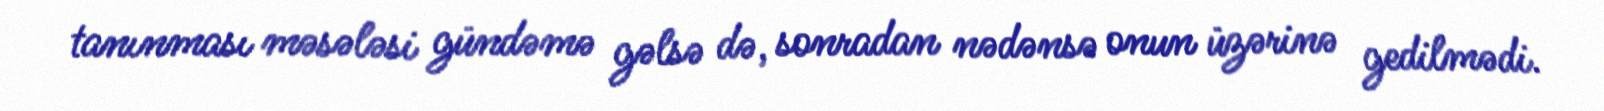
tanınması məsələsi gündəmə gəlsə də, sonradan nədənsə onun üzərinə gedilmədi.